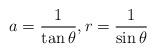
LaTeX: \begin{align*} a = \frac{1}{\tan \theta}, r = \frac{1}{\sin \theta} \end{align*}